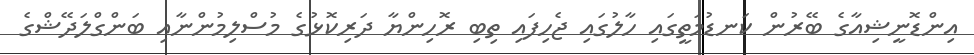
އިންޑޮނީޝިއާގެ ބޭރުން ކަނޑުމަތީގައި ހާލުގައި ޖެހިފައި ތިބި ރޮހިންޔާ ދަރިކޮޅުގެ މުސްލިމުންނާއި ބަންގްލަދޭޝްގެ